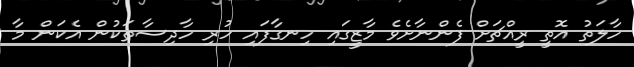
ހާލަތު އޮތީ ރީއްޗަށް ފެންނާށެވެ މާޒީގައި ހިނގާފައި ހުރި ހާދިސާތަކުން އެކަން މާ